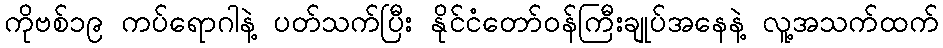
ကိုဗစ်၁၉ ကပ်ရောဂါနဲ့ ပတ်သက်ပြီး နိုင်ငံတော်ဝန်ကြီးချုပ်အနေနဲ့ လူ့အသက်ထက်